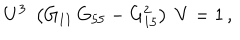
LaTeX: U ^ { 3 } \; \left( G _ { 1 1 } \, G _ { 5 5 } - G _ { 1 5 } ^ { 2 } \right) \; V = 1 \, ,